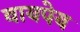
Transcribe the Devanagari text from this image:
वायपेय